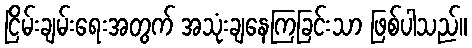
ငြိမ်းချမ်းရေးအတွက် အသုံးချနေကြခြင်းသာ ဖြစ်ပါသည်။